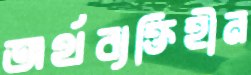
অর্থব্যক্তিহীন